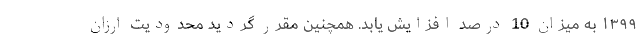
۱۳۹۹ به میزان 10 درصد افزایش یابد. همچنین مقرر گردید محدودیت ارزان